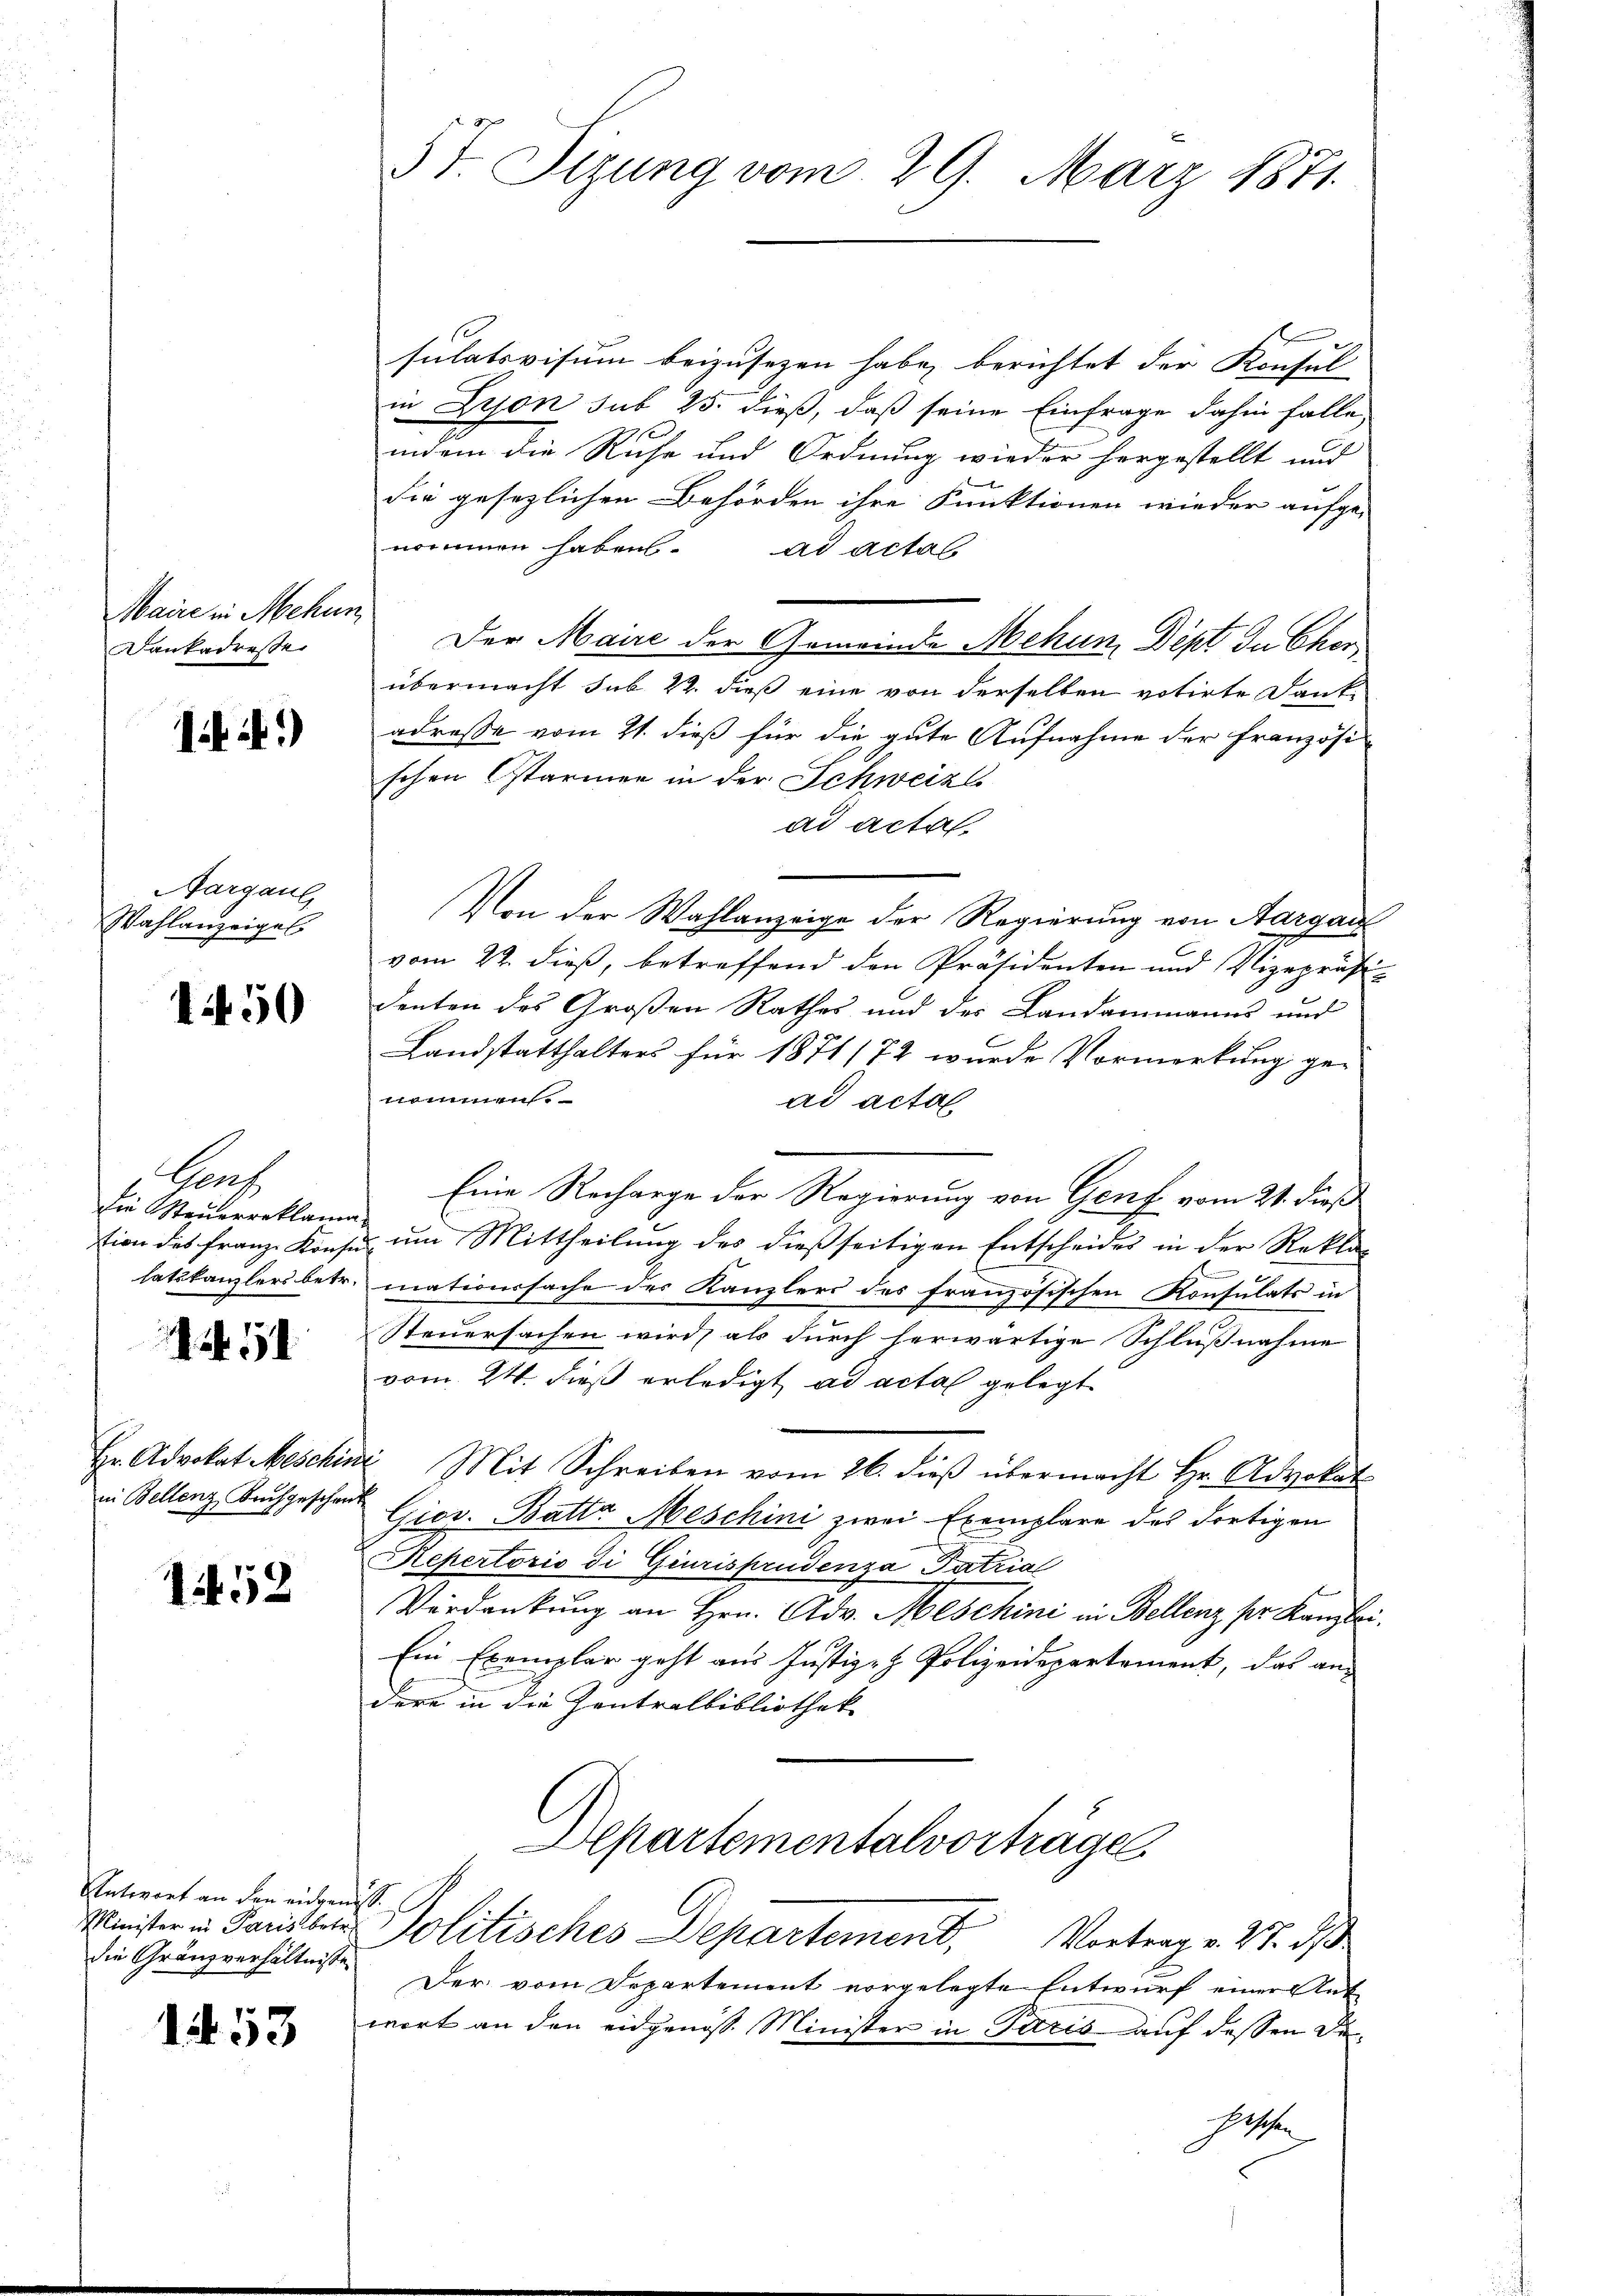
Maire in Mehun
Dankadresse

1 f.)

Aargaul
Wahlanzeiges

1450

Gaut
die Steuerreklama
tion des Franz Konse
latskanzlers betr.

51

1452

Antwort an den eingeniess.
Minister in Paris betr.
die Gränzverhältnisse

153

5t. Sizung vom 29. März 1871.

sulatsvisum beizusezen habe, berichtet der Konsul
in Lyon sub 25. dieß, daß seine Einfrage dahin falle
indem die Ruhe und Ordnung wieder hergestellt und
Sie gesezlichen Behörden ihre Funktionen wieder aufge-
nommen haben. ad actas
Der Maire der Gemeinde Mehun, Dept de Chorübermacht sub. 22. dieß eine von derselben votirte Dank-
adresse vom 21. dieß für die gute Aufnahme der Französischen Starmen in der Schweizl
ad acta.
Von der Wahlanzeige der Regierung von Aargau
vom 22. dieß, betreffend den Präsidenten und Vizepräsidenten des Großen Rathes und der Landammanns und
Landstatthalters für 1871/72 wurde Vormerkung ge-
nommen.
ad acta.
Eine Recharge der Regierung von Genf vom 21. dieß
 um Mittheilung des dießseitigen Entscheides in der Reklad
mationssache des Kanzlers des französischen Konsulats in
Steuersachen wird, als durch herwärtige Schlußnahme
vom 24. dieß erledigt ad acta gelegt
Hr. Advokat Meschini Mit Schreiben vom 26. dieβ übermacht Hr. Advokat
in Bellenz, Bruchgeschaut Giov. Batta Meschini zwei Exemplare des dortigen
Repertorio di Giurisprudenza Patrial
Verdankung an Hrn. Adv. Aeschini in Bellenz pr. Kanzlei.
Ein Exemplar geht aus Justiz- & Polizeidepartement, das an-
dere in die Zentralbibliothek
Departementalvorträge
 Politisches Departement, Vortrage. 27. ds
Der vom Departement vorgelegte Entwurf einer Ant
wort an den eidgenoss. Minister in Paris auf dessen Di¬
Geschen